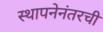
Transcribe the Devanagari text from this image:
स्थापनेनंतरची